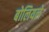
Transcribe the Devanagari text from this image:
बोलियले